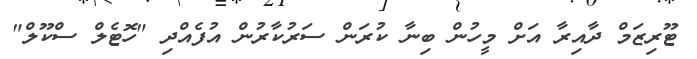
ޓޫރިޒަމް ދާއިރާ އަށް މީހުން ބިނާ ކުރަން ސަރުކާރުން އުފެއްދި "ހޮޓެލް ސްކޫލް"